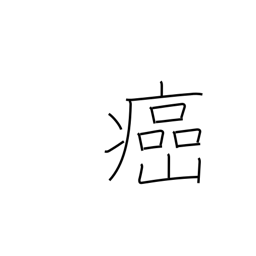
Meaning: cancerous evil